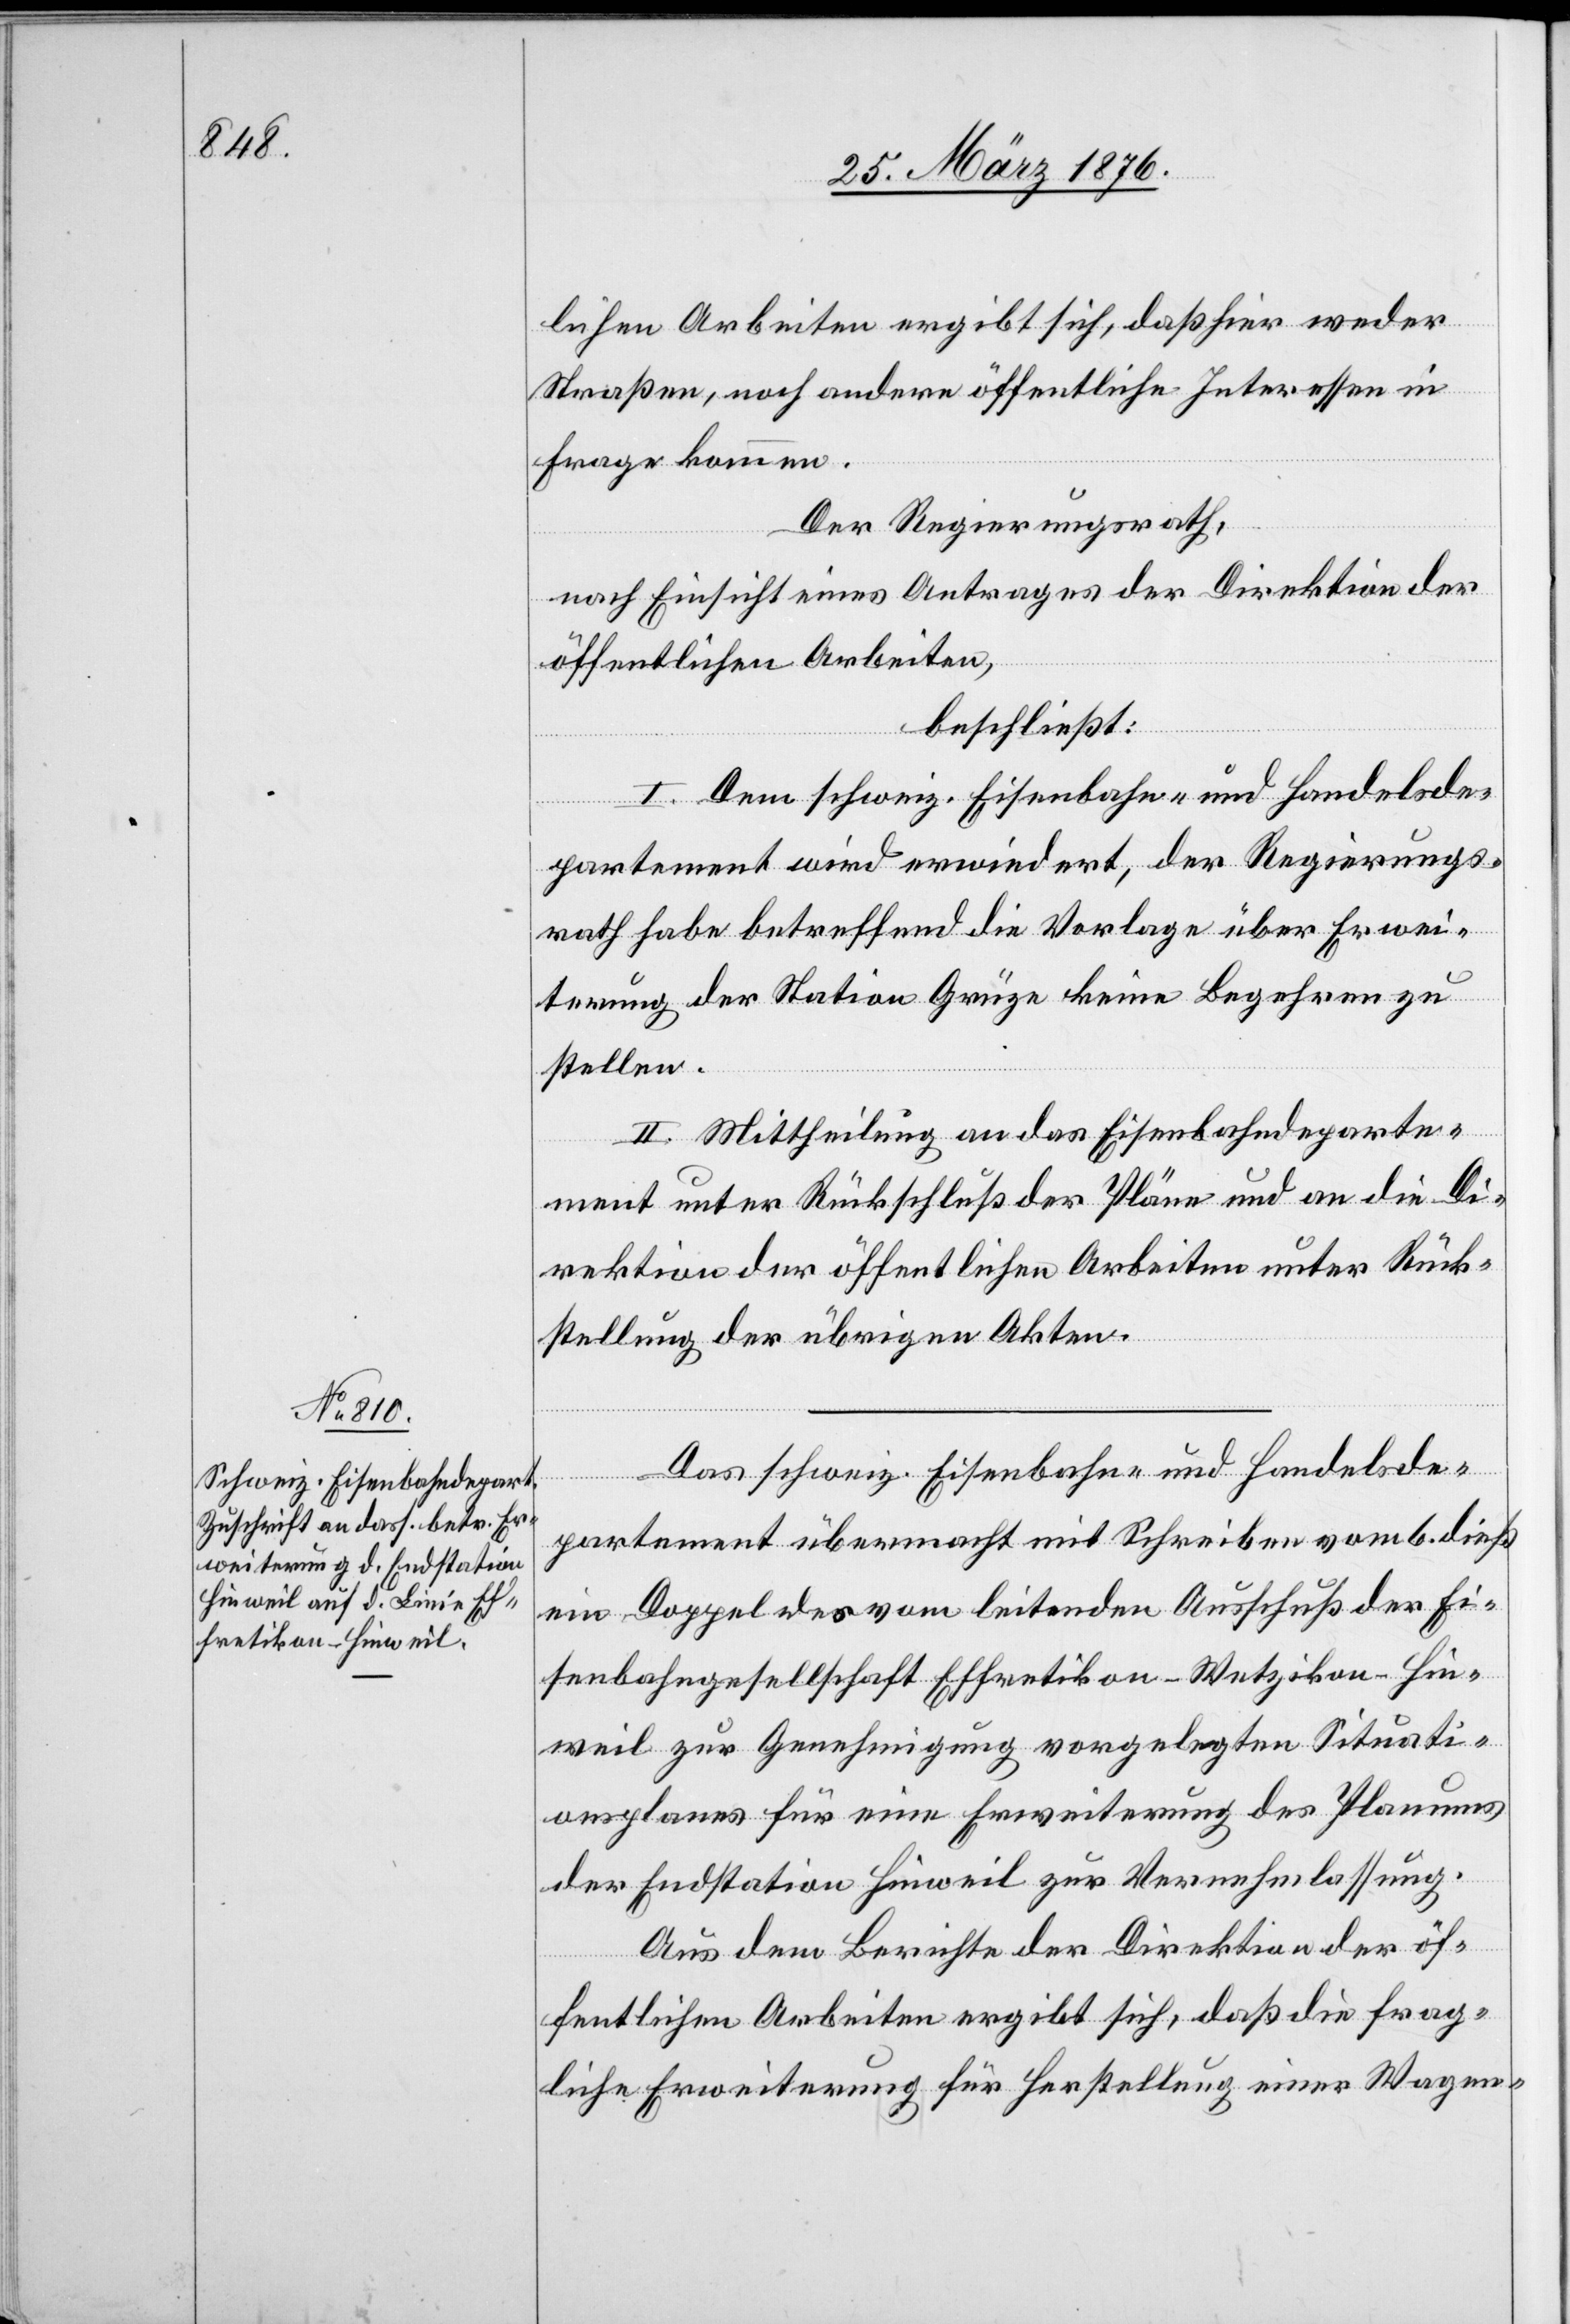
lichen Arbeiten ergibt sich, daß hier weder
Straßen, noch andere öffentliche Interessen in
Frage kommen.
Der Regierungsrath,
nach Einsicht eines Antrages der Direktion der
öffentlichen Arbeiten,
beschließt:
I. Dem schweiz. Eisenbahn- und Handelsde¬
partement wird erwiedert, der Regierungs¬
rath habe betreffend die Vorlage über Erwei¬
terung der Station Grüze keine Begehren zu
stellen.
II. Mittheilung an das Eisenbahndeparte¬
ment unter Rückschluß der Pläne und an die Di¬
rektion der öffentlichen Arbeiten unter Rück¬
stellung der übrigen Akten.
Das schweiz. Eisenbahn- und Handelsde¬
partement übermacht mit Schreiben vom 6. dieß
ein Doppel des vom leitenden Ausschuß der Ei¬
senbahngesellschaft Effretikon–Wetzikon–Hin¬
weil zur Genehmigung vorgelegten Situati¬
onsplanes für eine Erweiterung des Planes
der Endstation Hinweil zur Vernehmlassung.
Aus dem Berichte der Direktion der öf¬
fentlichen Arbeiten ergibt sich, daß die frag¬
liche Erweiterung für Herstellung einer Wagen-